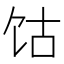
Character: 𫗡